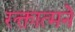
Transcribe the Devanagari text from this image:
रक्तात्मने